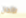
الألحان